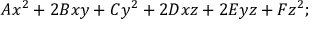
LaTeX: A x ^ { 2 } + 2 B x y + C y ^ { 2 } + 2 D x z + 2 E y z + F z ^ { 2 } ;